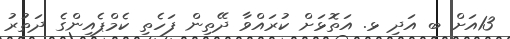
13އަށް ބ އަދި ޅ. އަތޮޅަށް ކުރައްވާ ދޭތިން ފަހެތި ކެމްޕެއިންގެ ދަތުރު